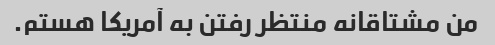
من مشتاقانه منتظر رفتن به آمریکا هستم.